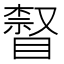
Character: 𥊨